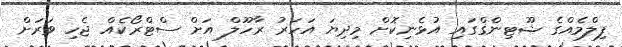
ފިލްމެއްގެ ޝޫޓިންގްގައި އުޅެނިކޮށް މިދިޔަ އަހަރު ރާހޫލް އަށް ސްޓްރޯކެއް ޖެހި ވަރަށް